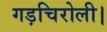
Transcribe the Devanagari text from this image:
गड़चिरोली।